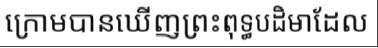
ក្រោមបានឃើញព្រះពុទ្ធបដិមាដែល